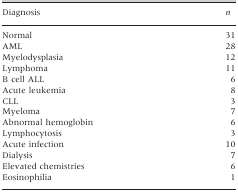
<table><thead><tr><td><b>Diagnosis</b></td><td><b><i>n</i></b></td></tr></thead><tbody><tr><td>Normal</td><td>31</td></tr><tr><td>AML</td><td>28</td></tr><tr><td>Myelodysplasia</td><td>12</td></tr><tr><td>Lymphoma</td><td>11</td></tr><tr><td>B cell ALL</td><td>6</td></tr><tr><td>Acute leukemia</td><td>8</td></tr><tr><td>CLL</td><td>3</td></tr><tr><td>Myeloma</td><td>7</td></tr><tr><td>Abnormal hemoglobin</td><td>6</td></tr><tr><td>Lymphocytosis</td><td>3</td></tr><tr><td>Acute infection</td><td>10</td></tr><tr><td>Dialysis</td><td>7</td></tr><tr><td>Elevated chemistries</td><td>6</td></tr><tr><td>Eosinophilia</td><td>1</td></tr></tbody></table>